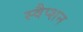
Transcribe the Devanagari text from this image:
स्वैप्शन